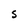
Character: S